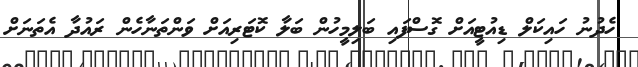
ހެދުނު ހައިކަލް ޑިއުޓީއަށް ގޮސްފައި ބަލިމީހުން ބަލާ ކޮޓަރިއަށް ވަންތަނާހެން ރައުދާ އެތަނަށް